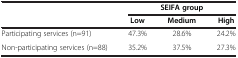
<table><thead><tr><td rowspan="2"><b> </b></td><td colspan="3"><b>SEIFA group</b></td></tr><tr><td><b>Low</b></td><td><b>Medium</b></td><td><b>High</b></td></tr></thead><tbody><tr><td>Participating services (n=91)</td><td>47.3%</td><td>28.6%</td><td>24.2%</td></tr><tr><td>Non-participating services (n=88)</td><td>35.2%</td><td>37.5%</td><td>27.3%</td></tr></tbody></table>